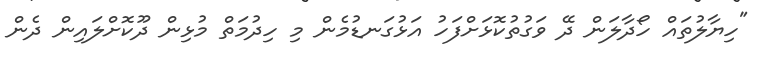
"ހިޔާލުތައް ހޯދާލަން ދޭ ވަގުތުކޮޅަށްފަހު އަޅުގަނޑުމެން މި ހިދުމަތް މުޅިން ދޫކޮށްލައިން ދެން